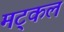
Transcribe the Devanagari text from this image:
मट्कल